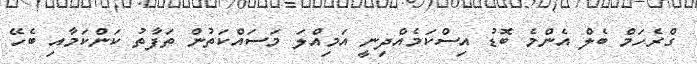
ގްރެހަމް ބެލް އެންމެ ބޮޑު އިސްކަމެއްދިނީ އަމިއްލަ މަސައްކަތުން ތަފާތު ކަންކަމާއި ބެހޭ